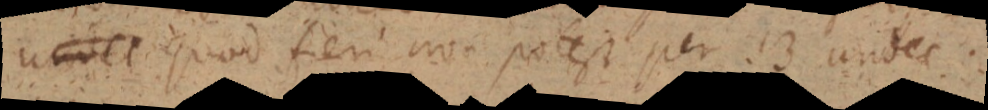
undec quod fieri non potest per 13 undec :